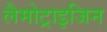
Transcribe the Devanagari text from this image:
लैमोट्राइजिन